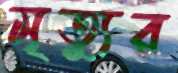
মৃত্যুর